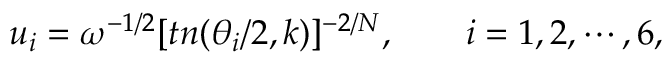
u _ { i } = \omega ^ { - 1 / 2 } [ t n ( \theta _ { i } / 2 , k ) ] ^ { - 2 / N } , ~ ~ ~ ~ ~ ~ i = 1 , 2 , \cdots , 6 ,